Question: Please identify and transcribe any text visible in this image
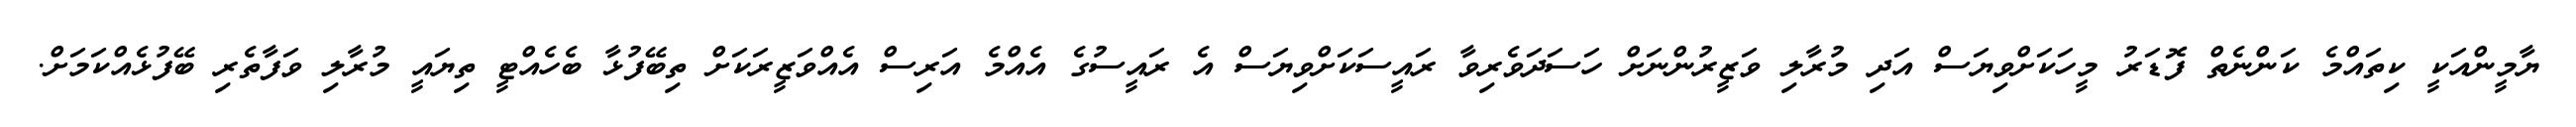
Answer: ޔާމީންއަކީ ކިތައްމެ ކަންނެތް ފޮޑަރު މީހަކަށްވިޔަސް އަދި މުރާލި ވަޒީރުންނަށް ހަސަދަވެރިވާ ރައީސަކަށްވިޔަސް އެ ރައީސުގެ އެއްމެ އަރިސް އެއްވަޒީރަކަށް ތިބޭފުޅާ ބެހެއްޓީ ތިޔައީ މުރާލި ވަފާތެރި ބޭފުޅެއްކަމަށް.